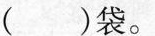
()袋。